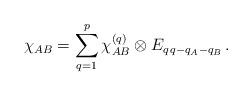
LaTeX: \begin{align*}\chi_{AB}=\sum_{q=1}^p\chi_{AB}^{(q)}\otimes E_{q\,q-q_A-q_B}\,.\end{align*}